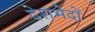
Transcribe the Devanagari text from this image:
देशभेदों